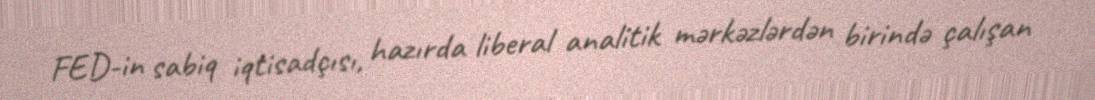
FED-in sabiq iqtisadçısı, hazırda liberal analitik mərkəzlərdən birində çalışan